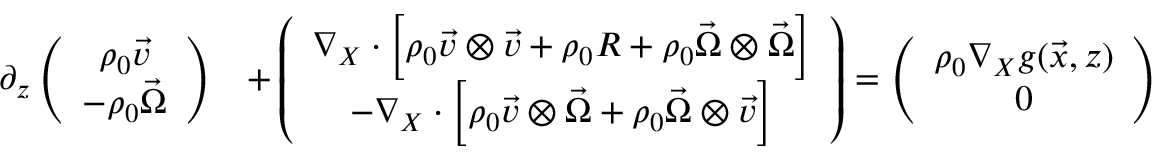
\begin{array} { r l } { \partial _ { z } \left( \begin{array} { c } { \rho _ { 0 } \vec { v } } \\ { - \rho _ { 0 } \vec { \Omega } } \end{array} \right) } & { + \left( \begin{array} { c } { \nabla _ { X } \cdot \left[ \rho _ { 0 } \vec { v } \otimes \vec { v } + \rho _ { 0 } R + \rho _ { 0 } \vec { \Omega } \otimes \vec { \Omega } \right] } \\ { - \nabla _ { X } \cdot \left[ \rho _ { 0 } \vec { v } \otimes \vec { \Omega } + \rho _ { 0 } \vec { \Omega } \otimes \vec { v } \right] } \end{array} \right) = \left( \begin{array} { c } { \rho _ { 0 } \nabla _ { X } g ( \vec { x } , z ) } \\ { 0 } \end{array} \right) } \end{array}